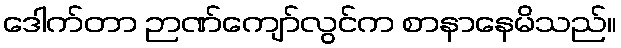
ဒေါက်တာ ဉာဏ်ကျော်လွင်က စာနာနေမိသည်။